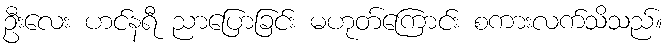
ဦးလေး ဟင်နရီ ညာပြောခြင်း မဟုတ်ကြောင်း စကားလက်သိသည်။